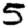
Digit: 5